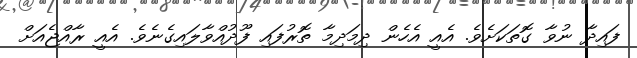
ފައިދާ ނުވާ ގޮތަކަށެވެ. އެއީ އެހެން ދިމަދިމާ ތޮރުފައި ފޫދުއްވާލައިގެނެވެ. އެއީ ރާއްޖެއަށް